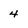
Character: 4